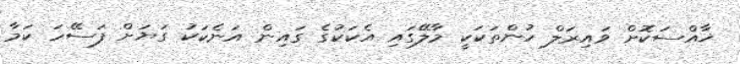
ޚާއްސަކޮށް ވައިރަލް ހުންތަކަކީ މާލޭގައި އެކަކުގެ ގައިން އަނެކަކު ގަޔަށް ފަސޭހަ ކަމާ